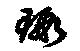
瑕